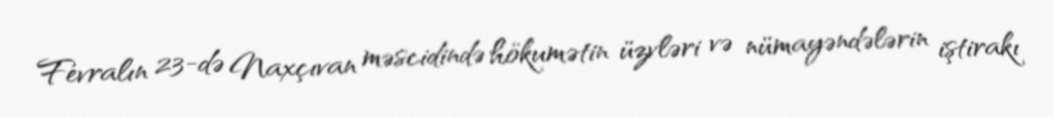
Fevralın 23-də Naxçıvan məscidində hökumətin üzvləri və nümayəndələrin iştirakı